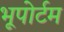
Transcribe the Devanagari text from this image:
भूपोर्टम